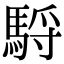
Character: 䮑